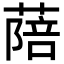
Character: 䔒